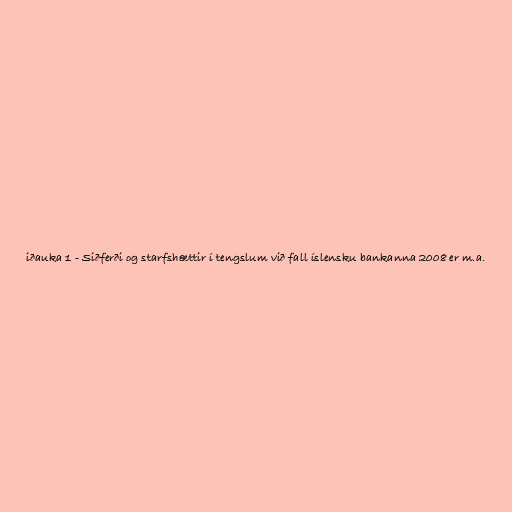
iðauka 1 - Siðferði og starfshættir í tengslum við fall íslensku bankanna 2008 er m.a.